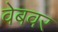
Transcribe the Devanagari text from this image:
वेबवर